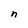
Character: n